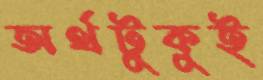
অর্থটুকুই